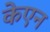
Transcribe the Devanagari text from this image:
केएन